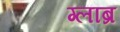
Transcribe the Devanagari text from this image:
ग्लाब्र